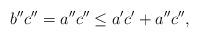
LaTeX: \begin{align*}b'' c'' = a'' c'' \leq a' c' + a'' c'',\end{align*}